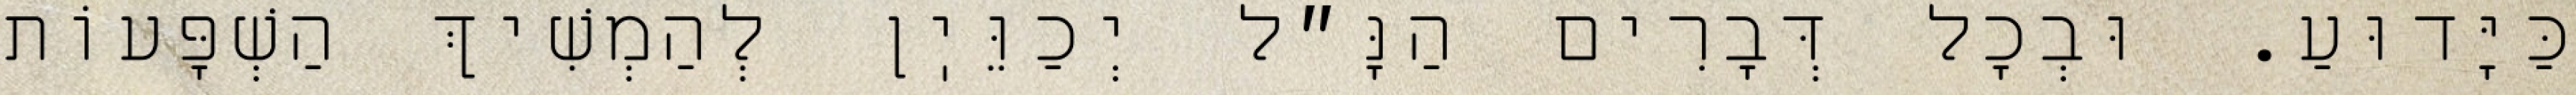
כַּיָּדוּעַ. וּבְכׇל דְּבָרִים הַנָּ״ל יְכַוֵּיֽן לְהַמְשִׁיךְ הַשְׁפָּעוֹת